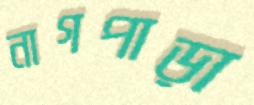
নাগপাড়া